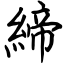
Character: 締